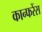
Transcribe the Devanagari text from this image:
कान्फरेंस